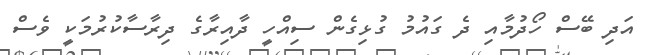
އަދި ބޭސް ހޯދުމާއި ދެ ގައުމު ގުޅިގެން ސިއްހީ ދާއިރާގެ ދިރާސާކުރުމަކީ ވެސް